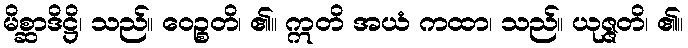
မိစ္ဆာဒိဋ္ဌိ၊ သည်။ ဝေဉ္စတိ၊ ၏။ ဣတိ အယံ ကထာ၊ သည်။ ယုဇ္ဇတိ၊ ၏။